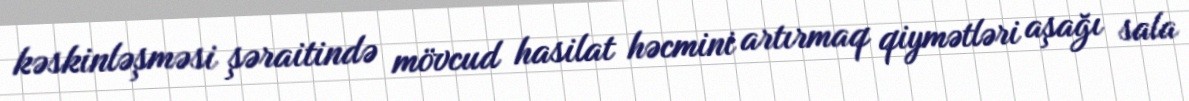
kəskinləşməsi şəraitində mövcud hasilat həcmini artırmaq qiymətləri aşağı sala